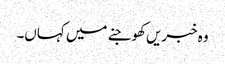
وہ خبریں کھوجنے میں کہاں۔